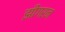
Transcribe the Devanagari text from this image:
झीगरन